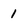
Character: 1